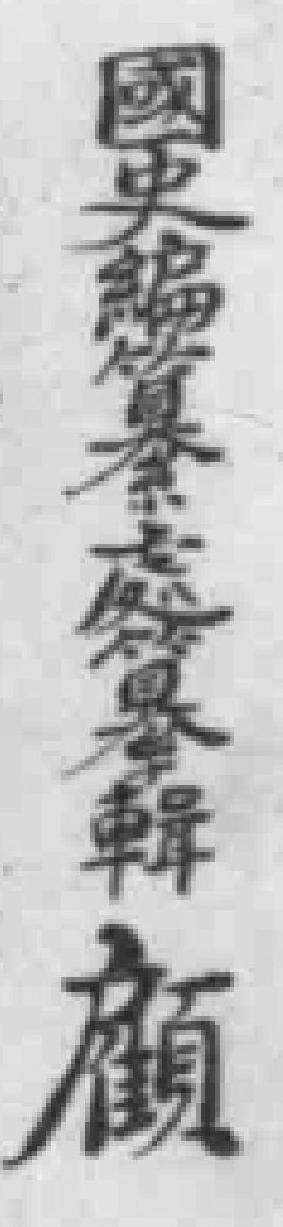
國史館纂修處纂輯顧